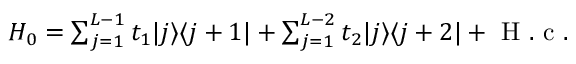
\begin{array} { r } { H _ { 0 } = \sum _ { j = 1 } ^ { L - 1 } t _ { 1 } | j \rangle \langle j + 1 | + \sum _ { j = 1 } ^ { L - 2 } t _ { 2 } | j \rangle \langle j + 2 | + \mathrm { ~ H ~ . ~ c ~ } . } \end{array}